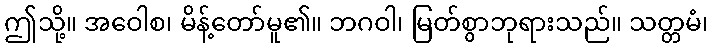
ဤသို့။ အဝေါစ၊ မိန့်တော်မူ၏။ ဘဂဝါ၊ မြတ်စွာဘုရားသည်။ သတ္တမံ၊